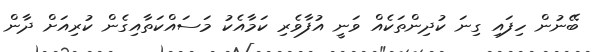
ބޭނުން ހިފައި ގިނަ ކުދިންތަކެއް ވަނީ އުފާވެރި ކަމާއެކު މަސައްކަތާއިގެން ކުރިއަށް ދާން